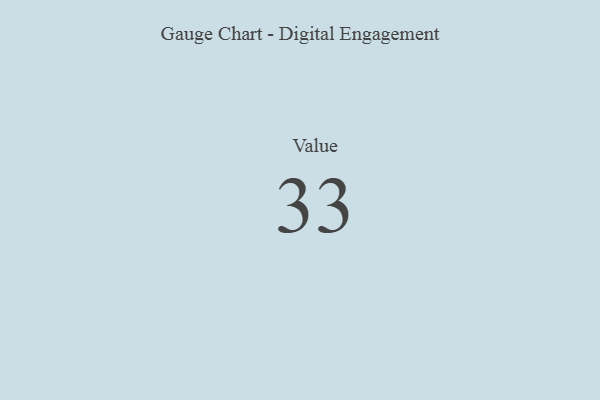
{"axis": {"x": "Metric", "y": "Value"}, "legend": [""], "data": [{"x": "Value", "y": 33, "type": ""}]}